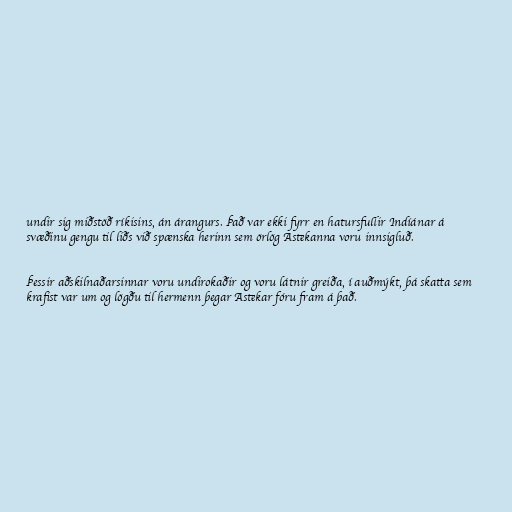
undir sig miðstöð ríkisins, án árangurs. Það var ekki fyrr en hatursfullir Indíánar á
svæðinu gengu til liðs við spænska herinn sem örlög Astekanna voru innsigluð.

Þessir aðskilnaðarsinnar voru undirokaðir og voru látnir greiða, í auðmýkt, þá skatta sem
krafist var um og lögðu til hermenn þegar Astekar fóru fram á það.